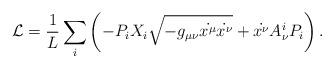
LaTeX: \begin{align*} \mathcal{L} = \frac{1}{L} \sum_i \left(-P_i X_i\sqrt{-g_{\mu \nu}\dot{x^{\mu}}\dot{ x^{\nu}}} + \dot{x^{\nu}} A^i_{\nu} P_i\right).\end{align*}